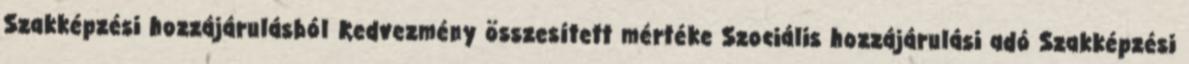
Szakképzési hozzájárulásból Kedvezmény összesített mértéke Szociális hozzájárulási adó Szakképzési